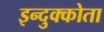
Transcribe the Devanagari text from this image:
इन्दुक्कोता